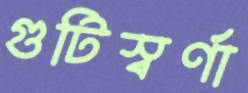
গুটিস্বর্ণা